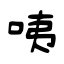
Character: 咦